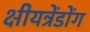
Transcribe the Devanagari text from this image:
क्षीयन्रेंडोंग